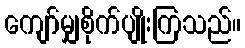
ကျော်မျှစိုက်ပျိုးကြသည်။